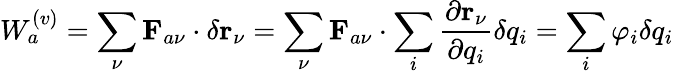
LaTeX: W_{a}^{(v)}=\sum_{\nu}\mathbf{F}_{a\nu}\cdot\delta\mathbf{r}_{\nu}=\sum_{\nu}\mathbf{F}_{a\nu}\cdot\sum_{i}\frac{\partial\mathbf{r}_{\nu}}{\partial q_{i}}\delta q_{i}=\sum_{i}\varphi_{i}\delta q_{i}